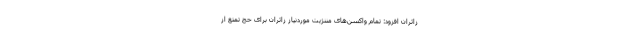
زائران افزود: تمام واکسن‌های مننژیت موردنیاز زائران برای حج تمتع از